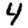
Digit: 4